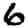
Digit: 6